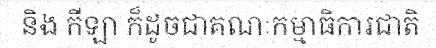
និង កីឡា ក៏ដូចជាគណៈកម្មាធិការជាតិ